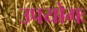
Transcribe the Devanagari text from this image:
उपयोगः